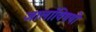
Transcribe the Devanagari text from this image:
जालांविषयी